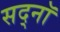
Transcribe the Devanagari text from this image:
सद्नॉ